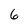
Character: 6